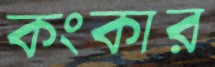
কংকার